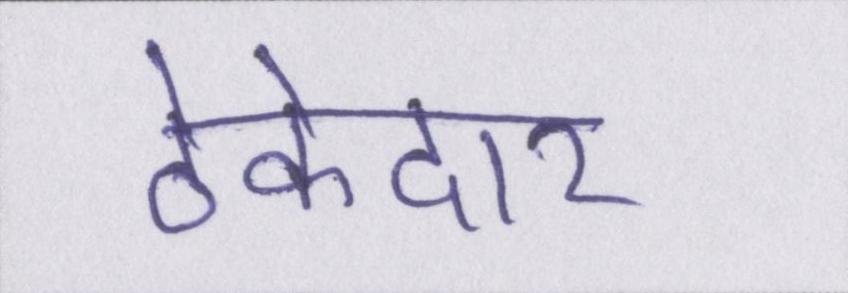
ठेकेदार